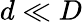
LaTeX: d\ll D